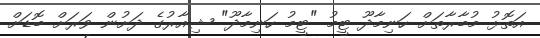
އަތޮޅު މުބާރާތަށް ހަނިމާދޫ ޓީމު "ޓީމު ހަނިމާދޫ" ޝިއާރުގެ ދަށުން ވަރަށް ބޮޑަށް